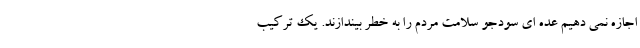
اجازه نمی دهیم عده ای سودجو سلامت مردم را به خطر بیندازند. یک ترکیب